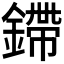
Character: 𫒿